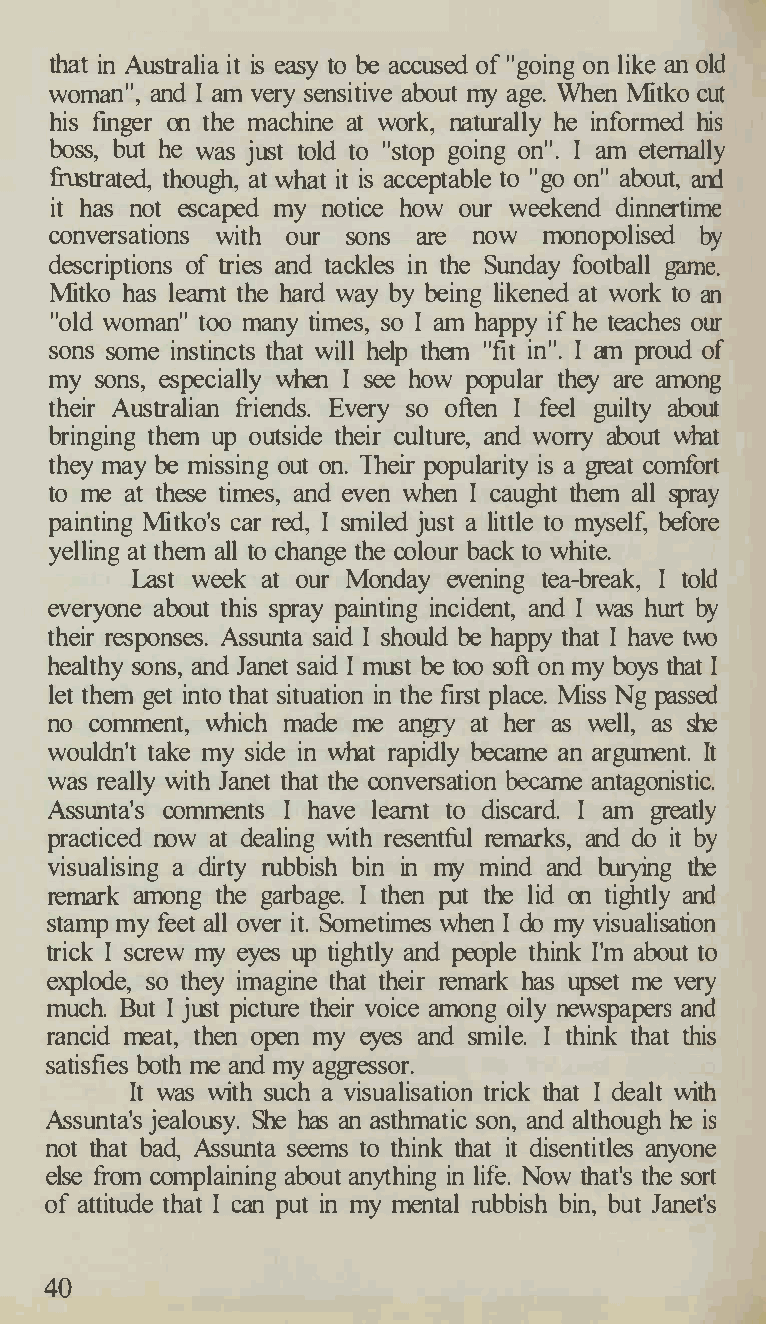
that in Australia it is easy to be accused of "going on lik� an old
 woman", and I am very sensitive about my age. When Mitko cut
 his finger on the machine at work, naturally he informed his
 boss, but he was just told to "stop going on". I am eternally
 frustrated, though, at what it is acceptable to "go on" about, and
 it has not escaped my notice how our weekend dinnertime
 conversations with our sons are now monopolised by
 descriptions of tries and tackles in the Sunday football game.
 Mitko has learnt the hard way by being likened at work to an
 "old woman" too many times, so I am happy if he teaches our
 sons some instincts that will help them "fit in". I am proud of
 my sons, especially when I see how popular they are among
 their Australian friends. Every so often I feel guilty about
 bringing them up outside their culture, and worry about what
 they may be missing out on. Their popularity is a great comfort
 to me at these times, and even when I caught them all spray
 painting Mitko's car red, I smiled just a little to myself, before
 yelling at them all to change the colour back to white.
 Last week at our Monday evening tea-break, I told
 everyone about this spray painting incident, and I was hurt by
 their responses. Assunta said I should be happy that I have two
 healthy sons, and Janet said I must be too soft on my boys that I
 let them get into that situation in the first place. Miss Ng passed
 no comment, which made me angry at her as well, as she
 wouldn't take my side in what rapidly became an argument. It
 was really with Janet that the conversation became antagonistic.
 Assunta's comments I have learnt to discard. I am greatly
 practiced now at dealing with resentful remarks, and do it by
 visualising a dirty rubbish bin in my mind and burying the
 remark among the garbage. I then put the lid on tightly and
 stamp my feet all over it. Sometimes when I do my visualisation
 trick I screw my eyes up tightly and people think I'm about to
 explode, so they imagine that their remark has upset me very
 much. But I just picture their voice among oily newspapers and
 rancid meat, then open my eyes and smile. I think that this
 satisfies both me and my aggressor.
 It was with such a visualisation trick that I dealt with
 Assunta's jealousy. She has an asthmatic son, and although he is
 not that bad, Assunta seems to think that it disentitles anyone
 else from complaining about anything in life. Now that's the sort
 of attitude that I can put in my mental rubbish bin, but Janet's
 40